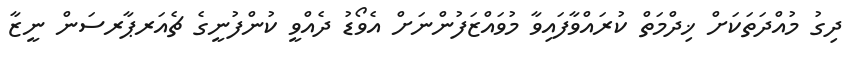
ދިގު މުއްދަތަކަށް ޚިދްމަތް ކުރައްވާފައިވާ މުވައްޒަފުންނަށް އެވޯޑު ދެއްވީ ކުންފުނީގެ ޗެއަރޕާރސަން ނީޒާ